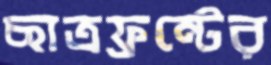
ছাত্রফ্রন্টের